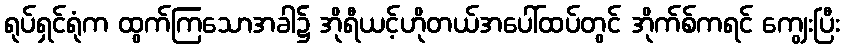
ရုပ်ရှင်ရုံက ထွက်ကြသောအခါ၌ အိုရီယင့်ဟိုတယ်အပေါ်ထပ်တွင် အိုက်စ်ကရင် ကျွေးပြီး